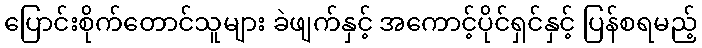
ပြောင်းစိုက်တောင်သူများ ခဲဖျက်နှင့် အကောင့်ပိုင်ရှင်နှင့် ပြန်စရမည့်